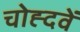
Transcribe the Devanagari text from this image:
चोह्दवें